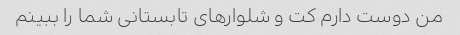
من دوست دارم کت و شلوارهای تابستانی شما را ببینم